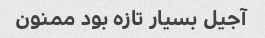
آجیل بسیار تازه بود ممنون